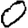
Digit: 0